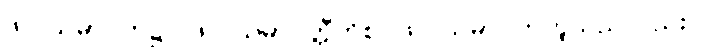
ဖလသမာပတ်၌။ ဖလသမာပတ္တီတိစ၊ ဖလသမာပတ်ဟူသည်လည်း။